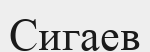
Сигаев